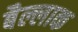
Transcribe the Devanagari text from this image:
बैल्लाक